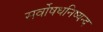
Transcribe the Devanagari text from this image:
सर्वोषधनिष्यन्द